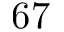
6 7